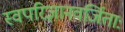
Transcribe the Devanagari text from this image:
स्वपरिज्ञानवर्जिताः